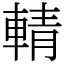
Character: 輤